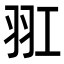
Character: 羾